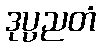
ဒုပ္ပညတံ